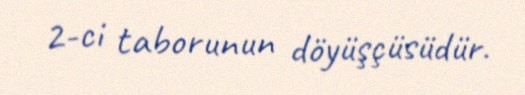
2-ci taborunun döyüşçüsüdür.